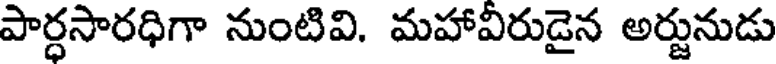
పార్ధసారధిగా నుంటివి. మహావీరుడైన అర్జునుడు